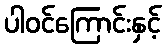
ပါဝင်ကြောင်းနှင့်